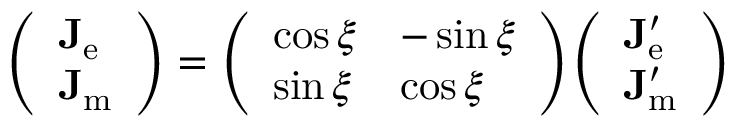
{ \left( \begin{array} { l } { \mathbf { J } _ { \mathrm { e } } } \\ { \mathbf { J } _ { \mathrm { m } } } \end{array} \right) } = { \left( \begin{array} { l l } { \cos \xi } & { - \sin \xi } \\ { \sin \xi } & { \cos \xi } \end{array} \right) } { \left( \begin{array} { l } { \mathbf { J } _ { \mathrm { e } } ^ { \prime } } \\ { \mathbf { J } _ { \mathrm { m } } ^ { \prime } } \end{array} \right) }